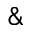
\&